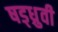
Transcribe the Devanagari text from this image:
षड्ध्रुवी